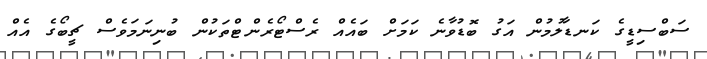
ސަބްސިޑީގެ ކަނޑާލުމުން އަގު ބޮޑުވާނެ ކަމަށް ބައެއް ރެސްޓޯރެންޓްތަކުން ބުނިނަމަވެސް ޗީބޯގެ އެއް